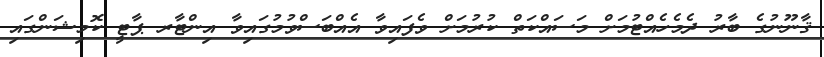
ޤާނޫނުގެ ބާރު ދެމެހެއްޓުމަށް މަސައްކަތް ކުރުމަށް ވެފައިވާ އެއްބަސްވުމުގައިވާ އިންޓާރ ޕާޓީ ކޮމިޝަންގައި